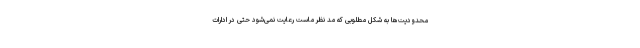
محدودیت‌ها به شکل مطلوبی که مد نظر ماست رعایت نمی‌شود حتی در ادارات